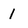
Character: I